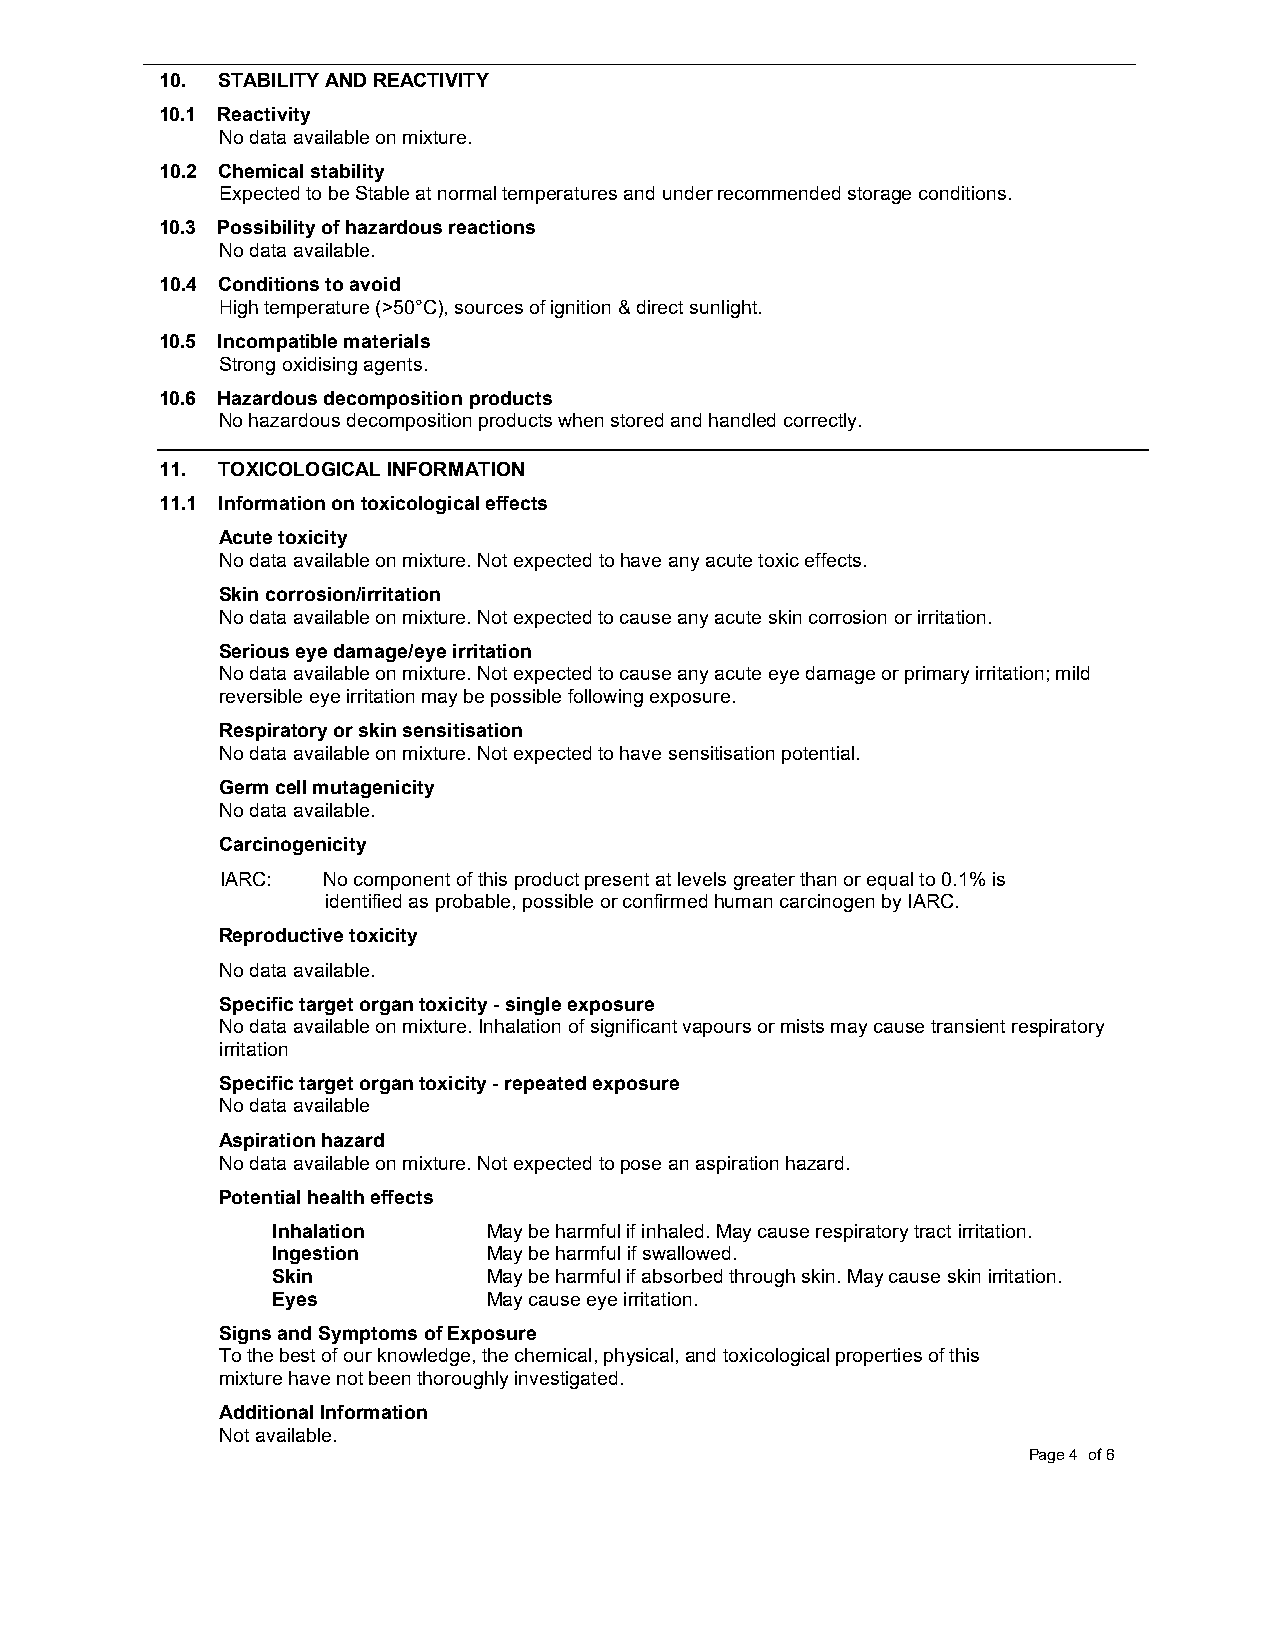
10. STABILITY AND REACTIVITY
 10.1 Reactivity
 No data available on mixture.
 10.2 Chemical stability
 Expected to be Stable at normal temperatures and under recommended storage conditions.
 10.3 Possibility of hazardous reactions
 No data available.
 10.4 Conditions to avoid
 High temperature (>50°C), sources of ignition & direct sunlight.
 10.5 Incompatible materials
 Strong oxidising agents.
 10.6 Hazardous decomposition products
 No hazardous decomposition products when stored and handled correctly.
 11. TOXICOLOGICAL INFORMATION
 11.1 Information on toxicological effects
 Acute toxicity
 No data available on mixture. Not expected to have any acute toxic effects.
 Skin corrosion/irritation
 No data available on mixture. Not expected to cause any acute skin corrosion or irritation.
 Serious eye damage/eye irritation
 No data available on mixture. Not expected to cause any acute eye damage or primary irritation; mild
 reversible eye irritation may be possible following exposure.
 Respiratory or skin sensitisation
 No data available on mixture. Not expected to have sensitisation potential.
 Germ cell mutagenicity
 No data available.
 Carcinogenicity
 IARC: No component of this product present at levels greater than or equal to 0.1% is
 identified as probable, possible or confirmed human carcinogen by IARC.
 Reproductive toxicity
 No data available.
 Specific target organ toxicity - single exposure
 No data available on mixture. Inhalation of significant vapours or mists may cause transient respiratory
 irritation
 Specific target organ toxicity - repeated exposure
 No data available
 Aspiration hazard
 No data available on mixture. Not expected to pose an aspiration hazard.
 Potential health effects
 Inhalation    May be harmful if inhaled. May cause respiratory tract irritation.
 Ingestion     May be harmful if swallowed.
 Skin          May be harmful if absorbed through skin. May cause skin irritation.
 Eyes          May cause eye irritation.
 Signs and Symptoms of Exposure
 To the best of our knowledge, the chemical, physical, and toxicological properties of this
 mixture have not been thoroughly investigated.
 Additional Information
 Not available.
 Page 4 of 6